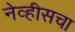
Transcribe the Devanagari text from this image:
नेव्हीसचा